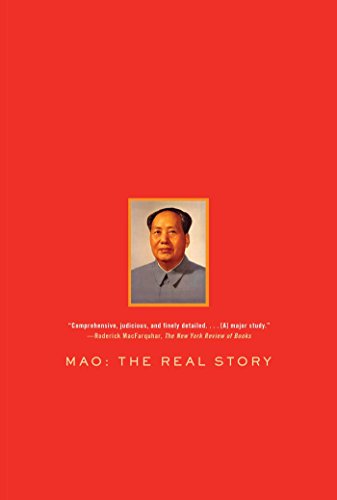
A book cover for Mao: The Real Story; Alexander V. Pantsov; Biographies & Memoirs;